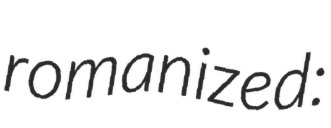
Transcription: romanized: